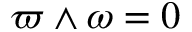
\varpi \wedge \omega = 0